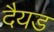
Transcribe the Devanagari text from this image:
दैयड